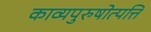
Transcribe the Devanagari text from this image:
काव्यपुरुषोत्पत्ति